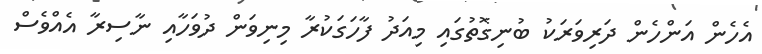
އެހެން އަންހެން ދަރިވަރަކު ބުނިގޮތުގައި މިއަދު ފާހަގަކުރާ މިނިވަން ދުވަހާއި ނާސިރާ އެއްވެސް